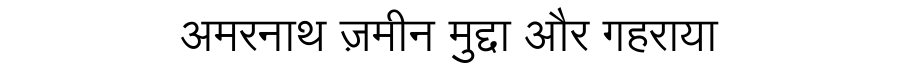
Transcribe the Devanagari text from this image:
अमरनाथ ज़मीन मुद्दा और गहराया